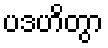
ပဒဟိတွာ